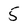
Character: 5